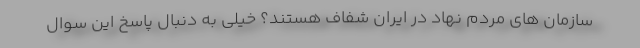
سازمان های مردم نهاد در ایران شفاف هستند؟ خیلی به دنبال پاسخ این سوال